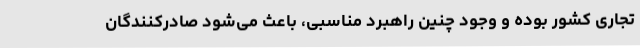
تجاری کشور بوده و وجود چنین راهبرد مناسبی، باعث می‌شود صادرکنندگان